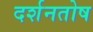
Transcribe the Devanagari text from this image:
दर्शनतोष